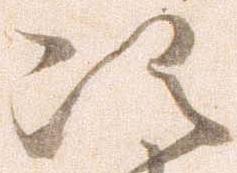
次